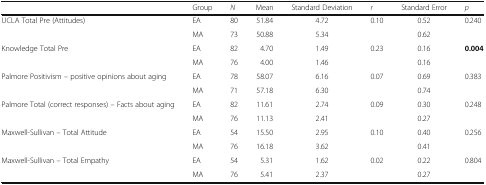
|  | Group | N | Mean | Standard Deviation | r | Standard Error | p |
 | --- | --- | --- | --- | --- | --- | --- | --- |
 | <ROWSPAN=2> UCLA Total Pre (Attitudes) | EA | 80 | 51.84 | 4.72 | 0.10 | 0.52 | <ROWSPAN=2> 0.240 |
 | MA | 73 | 50.88 | 5.34 |  | 0.62 |
 | <ROWSPAN=2> Knowledge Total Pre | EA | 82 | 4.70 | 1.49 | 0.23 | 0.16 | <ROWSPAN=2> 0.004 |
 | MA | 76 | 4.00 | 1.46 |  | 0.16 |
 | <ROWSPAN=2> Palmore Positivism – positive opinions about aging | EA | 78 | 58.07 | 6.16 | 0.07 | 0.69 | <ROWSPAN=2> 0.383 |
 | MA | 71 | 57.18 | 6.30 |  | 0.74 |
 | <ROWSPAN=2> Palmore Total (correct responses) – Facts about aging | EA | 82 | 11.61 | 2.74 | 0.09 | 0.30 | <ROWSPAN=2> 0.248 |
 | MA | 76 | 11.13 | 2.41 |  | 0.27 |
 | <ROWSPAN=2> Maxwell-Sullivan – Total Attitude | EA | 54 | 15.50 | 2.95 | 0.10 | 0.40 | <ROWSPAN=2> 0.256 |
 | MA | 76 | 16.18 | 3.62 |  | 0.41 |
 | <ROWSPAN=2> Maxwell-Sullivan – Total Empathy | EA | 54 | 5.31 | 1.62 | 0.02 | 0.22 | <ROWSPAN=2> 0.804 |
 | MA | 76 | 5.41 | 2.37 |  | 0.27 |